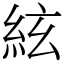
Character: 絃